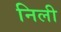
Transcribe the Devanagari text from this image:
निली